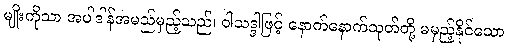
မျိုးကိုသာ အပါဒါန်အမည်မှည့်သည်၊ ဝါသဒ္ဒါဖြင့် နောက်နောက်သုတ်တို့ မမှည့်နိုင်သော